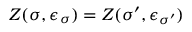
Z ( \sigma , \epsilon _ { \sigma } ) = Z ( \sigma ^ { \prime } , \epsilon _ { \sigma ^ { \prime } } )